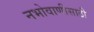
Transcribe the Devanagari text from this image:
नभोवाणीसाठी